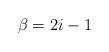
LaTeX: \begin{align*}\beta=2i-1\end{align*}